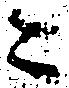
ニ